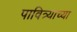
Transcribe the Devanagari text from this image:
पावित्र्याच्या